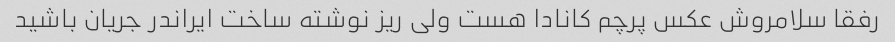
رفقا سلامروش عکس پرچم کانادا هست ولی ریز نوشته ساخت ایراندر جریان باشید